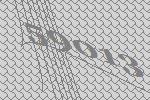
59013